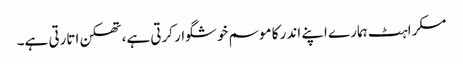
مسکراہٹ ہمارے اپنے اندر کا موسم خوشگوار کرتی ہے، تھکن اتارتی ہے۔